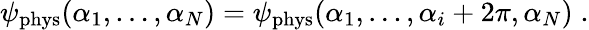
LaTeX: \psi_{\mathrm{phys}}(\alpha_{1},\ldots,\alpha_{N})=\psi_{\mathrm{phys}}(\alpha_{1},\ldots,\alpha_{i}+2\pi,\alpha_{N})\; .